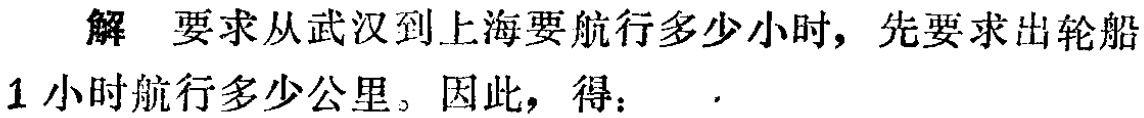
解 要求从武汉到上海要航行多少小时，先要求出轮船
1 小时航行多少公里。因此，得：